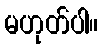
မဟုတ်ပါ။